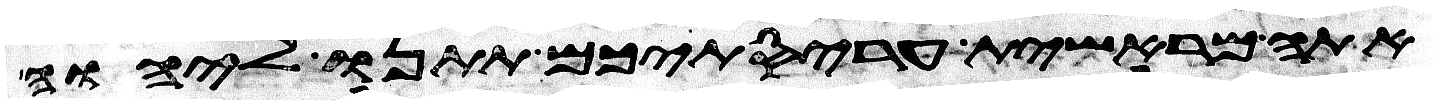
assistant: אתה מראשית עריסתיכם תתנו ליהוה